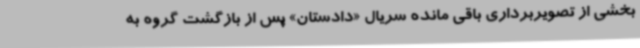
بخشی از تصویربرداری باقی مانده سریال «دادستان» پس از بازگشت گروه به